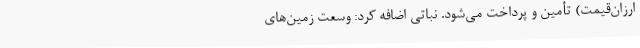
ارزان‌قیمت) تأمین و پرداخت می‌شود. نباتی اضافه کرد: وسعت زمین‌های